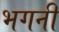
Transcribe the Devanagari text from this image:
भगनी